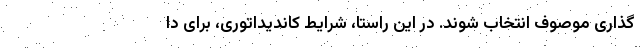
گذاری موصوف انتخاب شوند. در این راستا، شرایط کاندیداتوری، برای دا